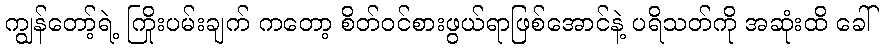
ကျွန်တော့်ရဲ့ ကြိုးပမ်းချက် ကတော့ စိတ်ဝင်စားဖွယ်ရာဖြစ်အောင်နဲ့ ပရိသတ်ကို အဆုံးထိ ခေါ်